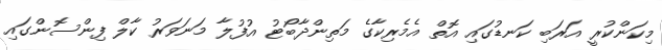
މިކަންކުރީ އަރަބި ކަނޑުގައި އޮތް އެމެރިކާގެ މަތިންދާބޯޓު އުފުލާ މަނަވަރު ކާލް ފިންސޮންގައި